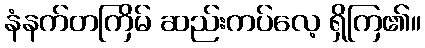
နံနက်တကြိမ် ဆည်းကပ်လေ့ ရှိကြ၏။